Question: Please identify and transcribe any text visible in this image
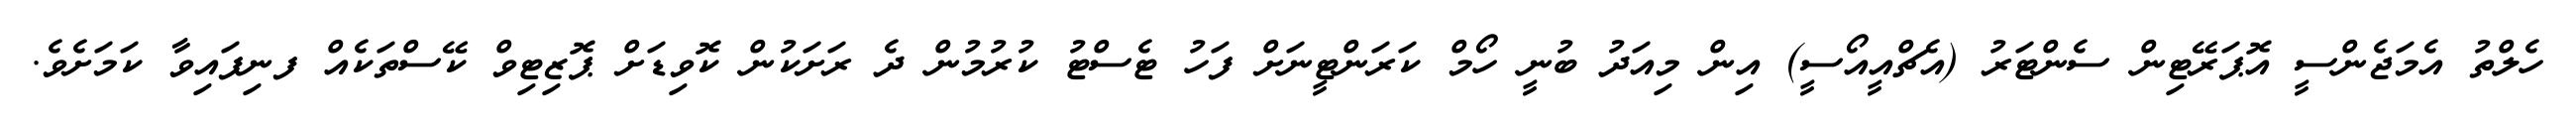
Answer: ހެލްތު އެމަޖެންސީ އޮޕަރޭޓިން ސެންޓަރު (އެޗްއީއޯސީ) އިން މިއަދު ބުނީ ހޯމް ކަރަންޓީނަށް ފަހު ޓެސްޓު ކުރުމުން ދެ ރަށަކުން ކޮވިޑަށް ޕޮޒިޓިވް ކޭސްތަކެއް ފނިފައިވާ ކަމަށެވެ.